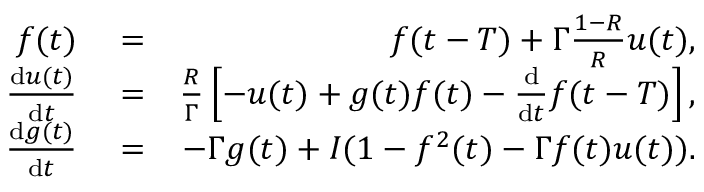
\begin{array} { r l r } { f ( t ) } & { { } = } & { f ( t - T ) + \Gamma \frac { 1 - R } { R } u ( t ) , } \\ { \frac { \mathrm { d } u ( t ) } { \mathrm { d } t } } & { { } = } & { \frac { R } { \Gamma } \left[ - u ( t ) + g ( t ) f ( t ) - \frac { \mathrm { d } } { \mathrm { d } t } f ( t - T ) \right] , } \\ { \frac { \mathrm { d } g ( t ) } { \mathrm { d } t } } & { { } = } & { - \Gamma g ( t ) + I ( 1 - f ^ { 2 } ( t ) - \Gamma f ( t ) u ( t ) ) . } \end{array}